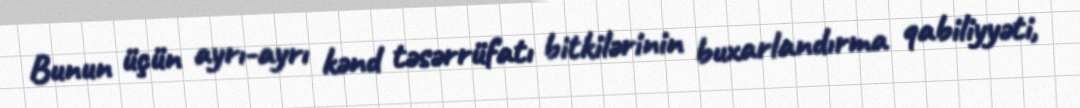
Bunun üçün ayrı-ayrı kənd təsərrüfatı bitkilərinin buxarlandırma qabiliyyəti,